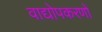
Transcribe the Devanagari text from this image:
वाद्योपकरणों